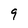
Character: 9